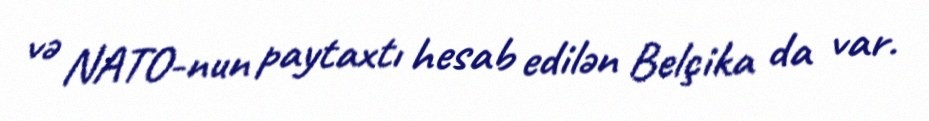
və NATO-nun paytaxtı hesab edilən Belçika da var.